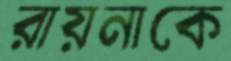
রায়নাকে